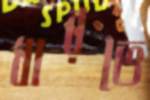
ধারতে